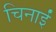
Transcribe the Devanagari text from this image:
चिनाईं